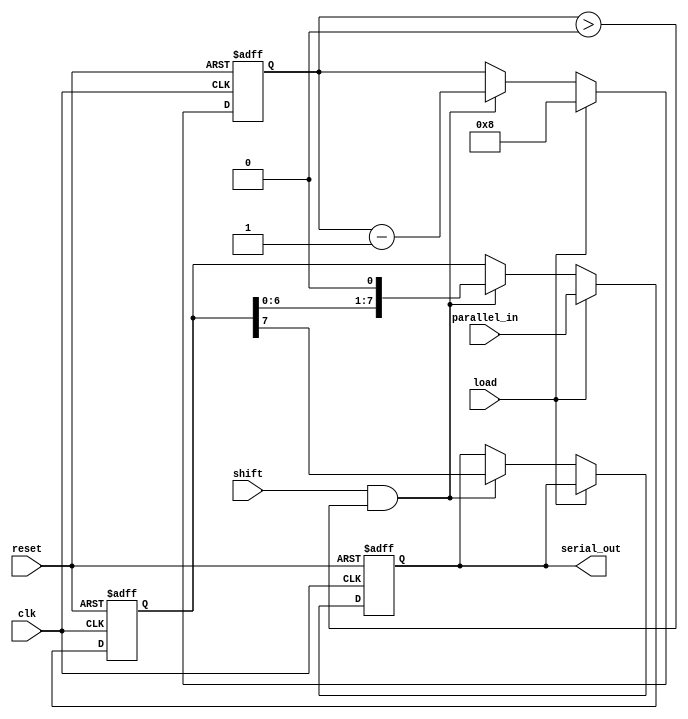
module PISO_Register #(
    parameter N = 8,              // Configurable width of the register
    parameter MSB_FIRST = 1       // Configurable bit order: 1 for MSB first, 0 for LSB first
) (
    input wire clk,               // Clock signal
    input wire reset,             // Asynchronous reset signal
    input wire load,              // Load control signal
    input wire shift,             // Shift control signal
    input wire [N-1:0] parallel_in, // Parallel input data
    output reg serial_out         // Serial output data
);

    reg [N-1:0] shift_reg;        // Shift register to hold the data
    reg [3:0] bit_count;          // Counter to track the number of bits shifted out

    // Asynchronous reset
    always @(posedge clk or posedge reset) begin
        if (reset) begin
            shift_reg <= {N{1'b0}}; // Clear the shift register
            serial_out <= 1'b0;     // Clear the serial output
            bit_count <= 4'b0;      // Reset bit counter
        end else begin
            if (load) begin
                shift_reg <= parallel_in; // Load parallel input into the shift register
                bit_count <= N;            // Set bit count to N
            end else if (shift && bit_count > 0) begin
                // Shift out the data
                serial_out <= (MSB_FIRST) ? shift_reg[N-1] : shift_reg[0]; // Output MSB or LSB
                // Shift the register
                if (MSB_FIRST) begin
                    shift_reg <= {shift_reg[N-2:0], 1'b0}; // Shift left
                end else begin
                    shift_reg <= {1'b0, shift_reg[N-1:1]}; // Shift right
                end
                bit_count <= bit_count - 1; // Decrement bit counter
            end
        end
    end

endmodule